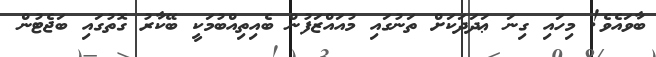
ބާވައެވެ! މިހައި ގިނަ ޢަދަދަކަށް ތަނުގައި މުއައްޒަފުން ބެއިތިއްބުމަކީ ބޭކާރު ގޮތުގައި ބަޖެޓުން